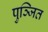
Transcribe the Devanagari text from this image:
पुञ्जित